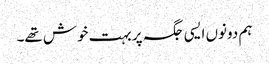
ہم دونوں ایسی جگہ پر بہت خوش تھے۔